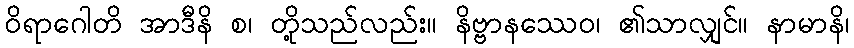
ဝိရာဂေါတိ အာဒီနိ စ၊ တို့သည်လည်း။ နိဗ္ဗာနဿေဝ၊ ၏သာလျှင်။ နာမာနိ၊